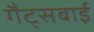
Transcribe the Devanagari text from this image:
गैट्सबाई